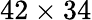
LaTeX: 42\times 34